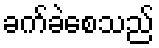
ခက်ခဲစေသည်